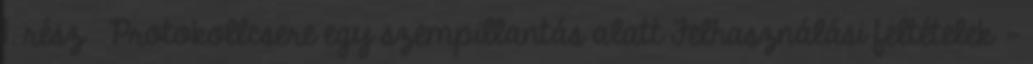
1. rész» Protokollcsere egy szempillantás alatt Felhasználási feltételek -